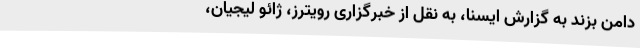
دامن بزند به گزارش ایسنا، به نقل از خبرگزاری رویترز، ژائو لیجیان،